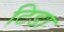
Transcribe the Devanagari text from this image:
टिडा